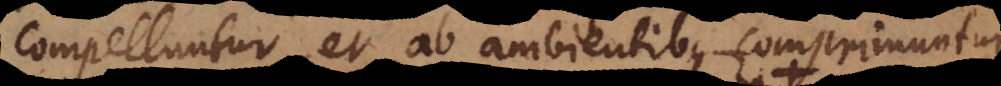
compelluntur, et ab ambientibus comprimuntur,